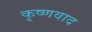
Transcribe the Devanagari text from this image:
कृष्णवाद